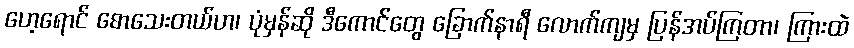
ဟေ့ရောင် စောသေးတယ်ဟ၊ ပုံမှန်ဆို ဒီကောင်တွေ ခြောက်နာရီ လောက်ကျမှ ပြန်အပ်ကြတာ၊ ကြားထဲ